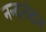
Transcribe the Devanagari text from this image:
नन्दनंदन